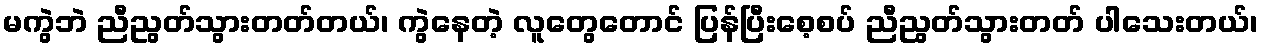
မကွဲဘဲ ညီညွတ်သွားတတ်တယ်၊ ကွဲနေတဲ့ လူတွေတောင် ပြန်ပြီးစေ့စပ် ညီညွတ်သွားတတ် ပါသေးတယ်၊